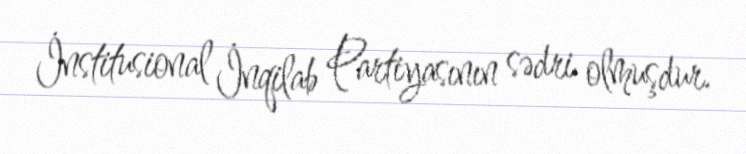
İnstitusional İnqilab Partiyasının sədri olmuşdur.